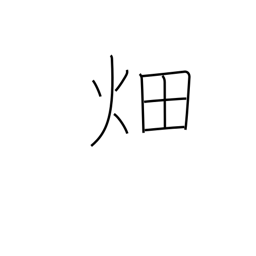
Meaning: field